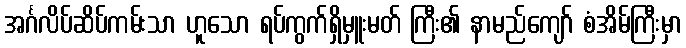
အင်္ဂလိပ်ဆိပ်ကမ်းသာ ဟူသော ရပ်ကွက်ရှိမှူးမတ် ကြီး၏ နာမည်ကျော် စံအိမ်ကြီးမှာ